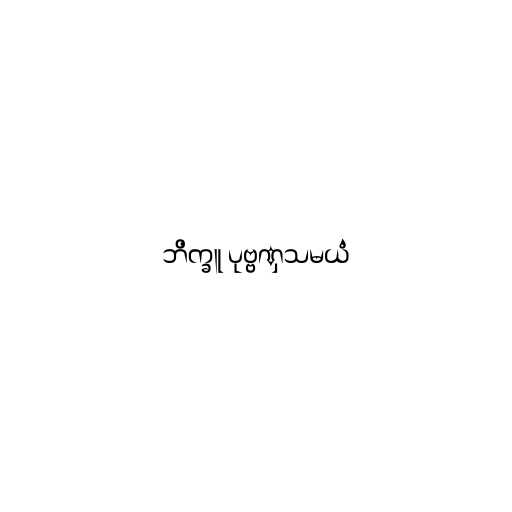
ဘိက္ခူ ပုဗ္ဗဏှသမယံ